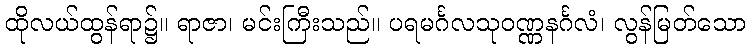
ထိုလယ်ထွန်ရာ၌။ ရာဇာ၊ မင်းကြီးသည်။ ပရမင်္ဂလသုဝဏ္ဏနင်္ဂလံ၊ လွန်မြတ်သော